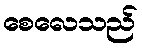
စေလေသည်